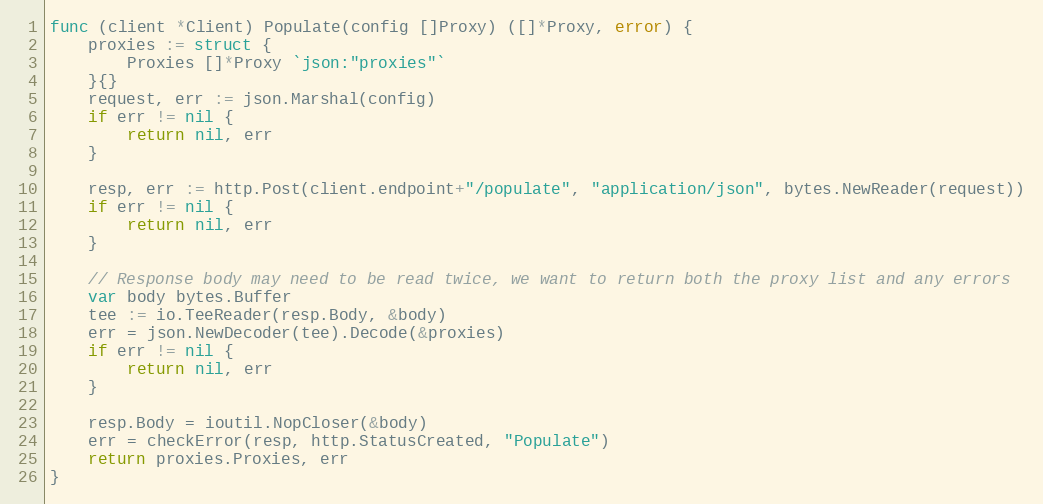
Language: Go
func (client *Client) Populate(config []Proxy) ([]*Proxy, error) {
	proxies := struct {
		Proxies []*Proxy `json:"proxies"`
	}{}
	request, err := json.Marshal(config)
	if err != nil {
		return nil, err
	}

	resp, err := http.Post(client.endpoint+"/populate", "application/json", bytes.NewReader(request))
	if err != nil {
		return nil, err
	}

	// Response body may need to be read twice, we want to return both the proxy list and any errors
	var body bytes.Buffer
	tee := io.TeeReader(resp.Body, &body)
	err = json.NewDecoder(tee).Decode(&proxies)
	if err != nil {
		return nil, err
	}

	resp.Body = ioutil.NopCloser(&body)
	err = checkError(resp, http.StatusCreated, "Populate")
	return proxies.Proxies, err
}